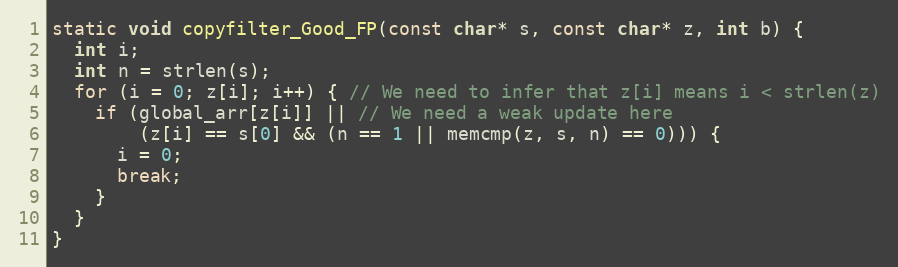
Language: C
static void copyfilter_Good_FP(const char* s, const char* z, int b) {
  int i;
  int n = strlen(s);
  for (i = 0; z[i]; i++) { // We need to infer that z[i] means i < strlen(z)
    if (global_arr[z[i]] || // We need a weak update here
        (z[i] == s[0] && (n == 1 || memcmp(z, s, n) == 0))) {
      i = 0;
      break;
    }
  }
}